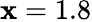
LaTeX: \mathbf{x}=1.8